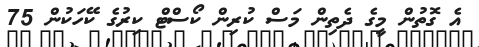
އެ ގޮތުން މީގެ ދެތިން މަސް ކުރިން ކޯސްޓް ކިރުގެ ކޭހަކުން 75